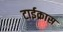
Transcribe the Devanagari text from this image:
टाईक्रास